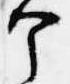
个